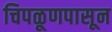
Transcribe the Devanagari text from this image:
चिपळूणपासून